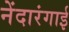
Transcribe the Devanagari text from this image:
नेंदारंगाई